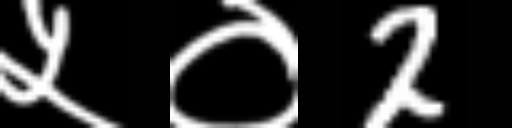
Text: ५०2